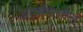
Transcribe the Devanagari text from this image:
अंतर्मनातील